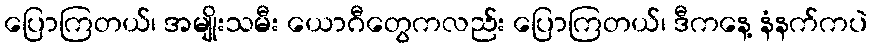
ပြောကြတယ်၊ အမျိုးသမီး ယောဂီတွေကလည်း ပြောကြတယ်၊ ဒီကနေ့ နံနက်ကပဲ